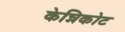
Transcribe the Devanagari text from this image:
केन्निकोट